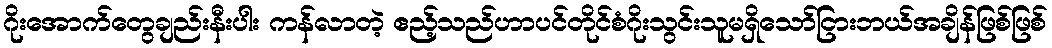
ဂိုးအောက်တွေချည်းနီးပါး ကန်လာတဲ့ ဧည့်သည်ဟာပင်တိုင်စံဂိုးသွင်းသူမရှိသော်ငြားဘယ်အချိန်ဖြစ်ဖြစ်